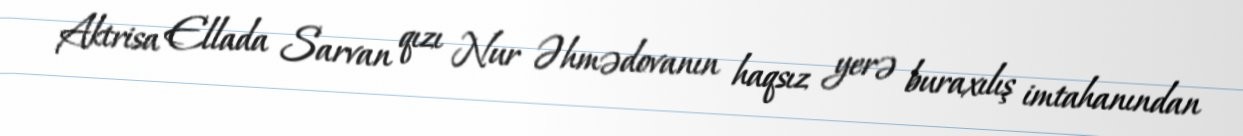
Aktrisa Ellada Sarvan qızı Nur Əhmədovanın haqsız yerə buraxılış imtahanından